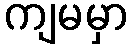
ကျမမှာ